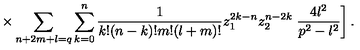
\times \sum _ { n + 2 m + l = q } \sum _ { k = 0 } ^ { n } \frac { 1 } { k ! ( n - k ) ! m ! ( l + m ) ! } z _ { 1 } ^ { 2 k - n } z _ { 2 } ^ { n - 2 k } \left. \frac { 4 l ^ { 2 } } { p ^ { 2 } - l ^ { 2 } } \right] .